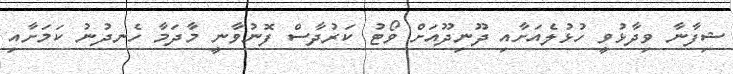
ޝިފާނާ ވިދާޅުވީ ހުޅުލެއަށާއި ދޫނިދޫއަށް ވޯޓު ކަރުދާސް ފޮނުވާނީ މާދަމާ ހެނދުނު ކަމަށާއި